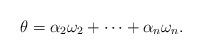
LaTeX: \begin{align*} \theta=\alpha_2\omega_2+\cdots+\alpha_n\omega_n. \end{align*}